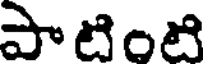
పాటింటి